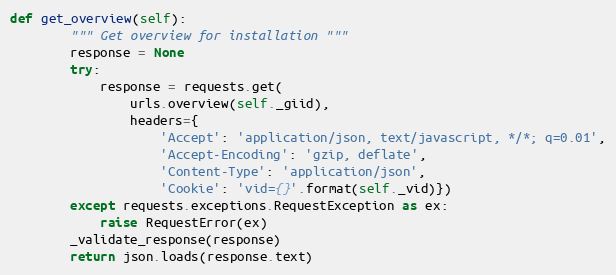
Language: Python
def get_overview(self):
        """ Get overview for installation """
        response = None
        try:
            response = requests.get(
                urls.overview(self._giid),
                headers={
                    'Accept': 'application/json, text/javascript, */*; q=0.01',
                    'Accept-Encoding': 'gzip, deflate',
                    'Content-Type': 'application/json',
                    'Cookie': 'vid={}'.format(self._vid)})
        except requests.exceptions.RequestException as ex:
            raise RequestError(ex)
        _validate_response(response)
        return json.loads(response.text)